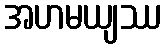
အဟမယျဿ